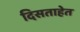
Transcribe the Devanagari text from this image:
दिसताहेत